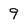
Character: 9